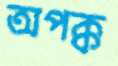
অপক্ক